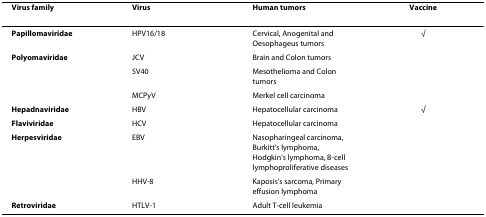
<table><thead><tr><td><b>Virus family</b></td><td><b>Virus</b></td><td><b>Human tumors</b></td><td><b>Vaccine</b></td></tr></thead><tbody><tr><td><b>Papillomaviridae</b></td><td>HPV16/18</td><td>Cervical, Anogenital and Oesophageus tumors</td><td>√</td></tr><tr><td><b>Polyomaviridae</b></td><td>JCV</td><td>Brain and Colon tumors</td><td></td></tr><tr><td></td><td>SV40</td><td>Mesothelioma and Colon tumors</td><td></td></tr><tr><td></td><td>MCPyV</td><td>Merkel cell carcinoma</td><td></td></tr><tr><td><b>Hepadnaviridae</b></td><td>HBV</td><td>Hepatocellular carcinoma</td><td>√</td></tr><tr><td><b>Flaviviridae</b></td><td>HCV</td><td>Hepatocellular carcinoma</td><td></td></tr><tr><td><b>Herpesviridae</b></td><td>EBV</td><td>Nasopharingeal carcinoma, Burkitt&#x27;s lymphoma, Hodgkin&#x27;s lymphoma, B-cell lymphoproliferative diseases</td><td></td></tr><tr><td></td><td>HHV-8</td><td>Kaposis&#x27;s sarcoma, Primary effusion lymphoma</td><td></td></tr><tr><td><b>Retroviridae</b></td><td>HTLV-1</td><td>Adult T-cell leukemia</td><td></td></tr></tbody></table>